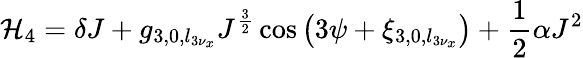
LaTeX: \displaystyle\mathcal{H}_{4}=\delta J+g_{3,0,l_{3\nu_{x}}}J^{\frac{3}{2}}\cos{\left(3\psi+\xi_{3,0,l_{3\nu_{x}}}\right)}+\frac{1}{2}\alpha J^{2}